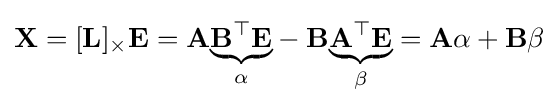
\mathbf {X} =[\mathbf {L} ]_{\times }\mathbf {E} =\mathbf {A} {\underset {\alpha }{\underbrace {\mathbf {B} ^{\top }\mathbf {E} } }}-\mathbf {B} {\underset {\beta }{\underbrace {\mathbf {A} ^{\top }\mathbf {E} } }}=\mathbf {A} \alpha +\mathbf {B} \beta